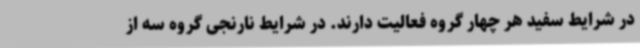
در شرایط سفید هر چهار گروه فعالیت دارند. در شرایط نارنجی گروه سه از